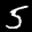
Label: 5